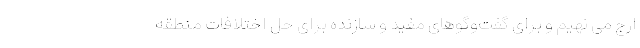
ارج می نهیم و برای گفت‌وگوهای مفید و سازنده برای حل اختلافات منطقه